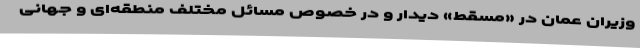
وزیران عمان در «مسقط» دیدار و در خصوص مسائل مختلف منطقه‌ای و جهانی